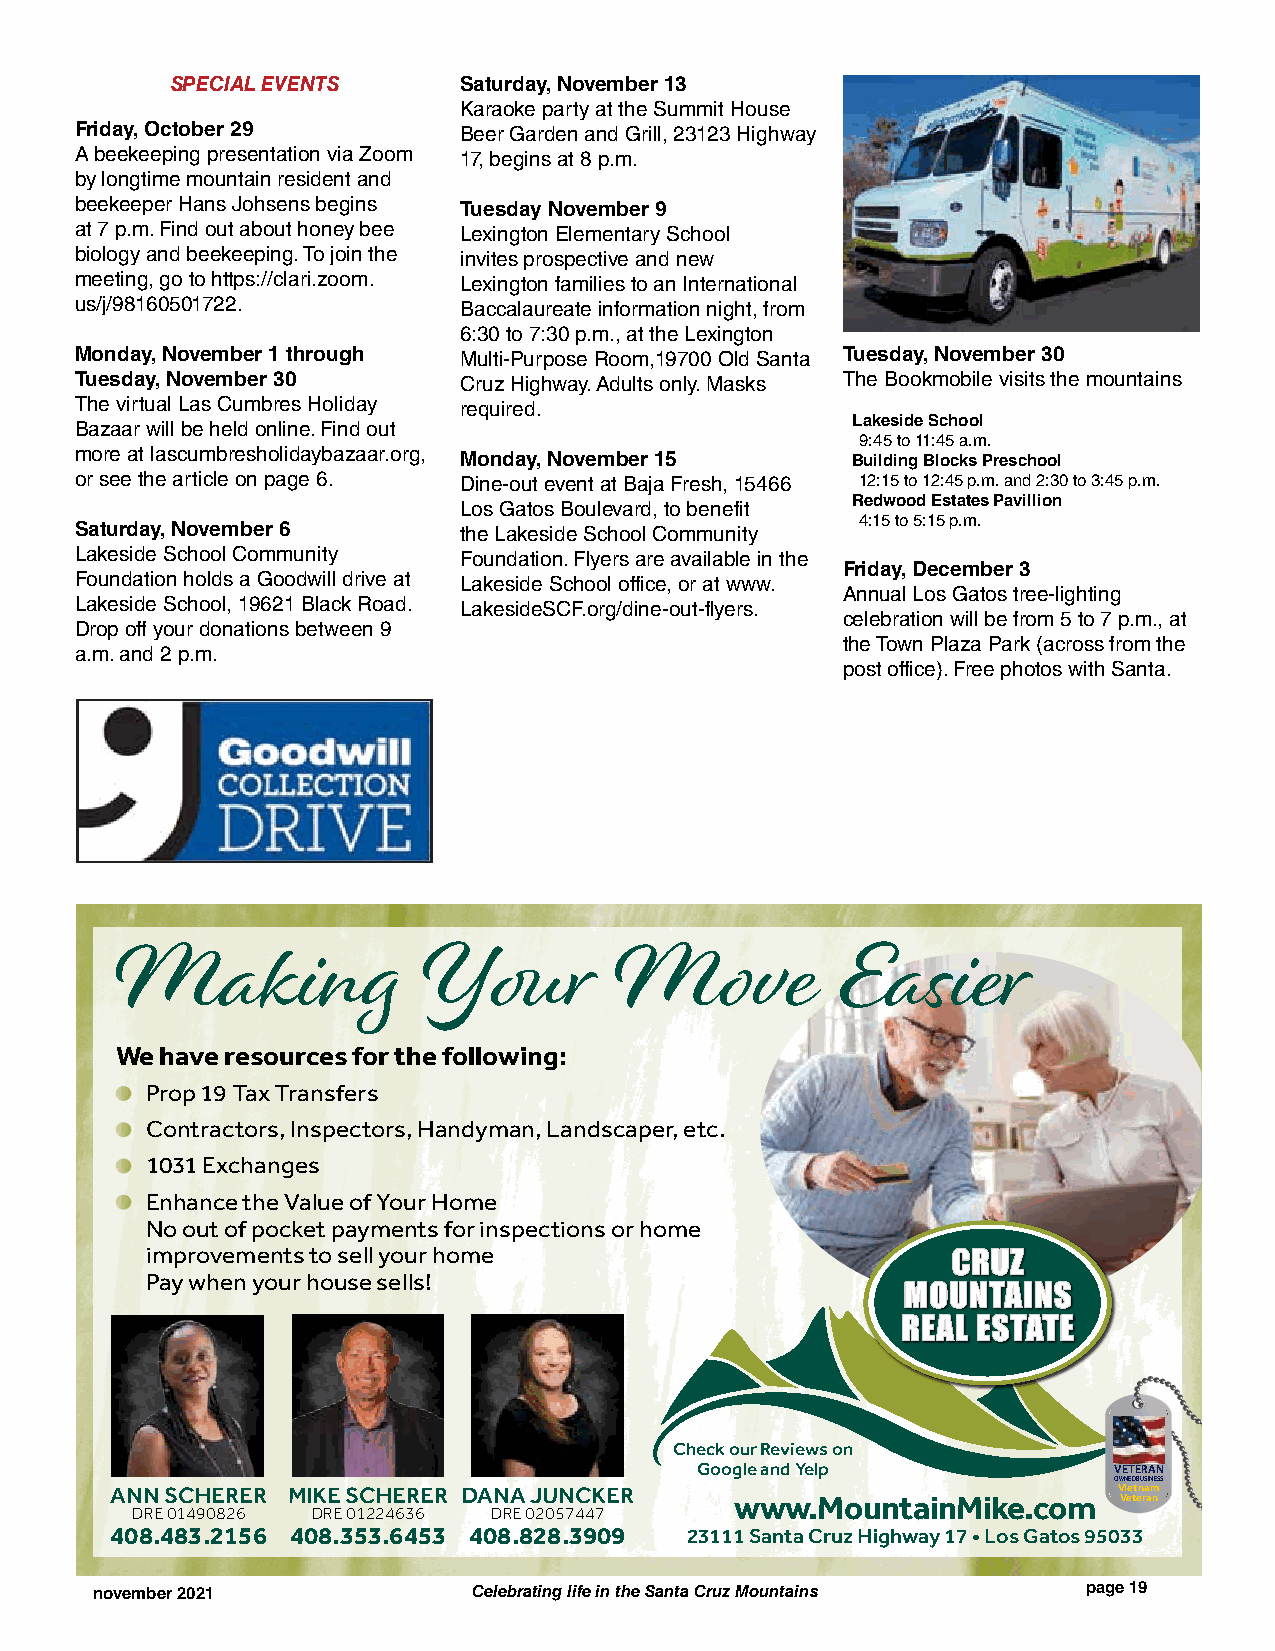
SPECIAL EVENTS     Saturday, November 13
 Karaoke party at the Summit House
 Friday, October 29       Beer Garden and Grill, 23123 Highway
 A beekeeping presentation via Zoom 17, begins at 8 p.m.
 by longtime mountain resident and
 beekeeper Hans Johsens begins Tuesday November 9
 at 7 p.m. Find out about honey bee Lexington Elementary School
 biology and beekeeping. To join the invites prospective and new
 meeting, go to https://clari.zoom. Lexington families to an International
 us/j/98160501722.        Baccalaureate information night, from
 6:30 to 7:30 p.m., at the Lexington
 Monday, November 1 through Multi-Purpose Room,19700 Old Santa Tuesday, November 30
 Tuesday, November 30     Cruz Highway. Adults only. Masks The Bookmobile visits the mountains
 The virtual Las Cumbres Holiday required.
 Lakeside School
 Bazaar will be held online. Find out
 9:45 to 11:45 a.m.
 more at lascumbresholidaybazaar.org, Monday, November 15 Building Blocks Preschool
 or see the article on page 6. Dine-out event at Baja Fresh, 15466 12:15 to 12:45 p.m. and 2:30 to 3:45 p.m.
 Redwood Estates Pavillion
 Los Gatos Boulevard, to benefit
 4:15 to 5:15 p.m.
 Saturday, November 6     the Lakeside School Community
 Lakeside School Community Foundation. Flyers are available in the
 Friday, December 3
 Foundation holds a Goodwill drive at Lakeside School office, or at www.
 Annual Los Gatos tree-lighting
 Lakeside School, 19621 Black Road. LakesideSCF.org/dine-out-flyers.
 celebration will be from 5 to 7 p.m., at
 Drop off your donations between 9
 the Town Plaza Park (across from the
 a.m. and 2 p.m.
 post office). Free photos with Santa.
 Making              Your         Move          Easier
 We have resources for the following:
 Prop 19 Tax Transfers
 Contractors, Inspectors, Handyman, Landscaper, etc.
 1031 Exchanges
 Enhance the Value of Your Home
 No out of pocket payments for inspections or home
 improvements to sell your home
 Pay when your house sells!
 Check our Reviews on
 Google and Yelp             VETERAN
 OWNED BUSINESS
 Vietnam
 ANN SCHERER MIKE SCHERER DANA JUNCKER                              Veteran
 DRE 01490826 DRE 01224636 DRE 02057447  www.MountainMike.com
 408.483.2156 408.353.6453 408.828.3909 23111 Santa Cruz Highway 17 • Los Gatos 95033
 november 2021            Celebrating life in the Santa Cruz Mountains page 19